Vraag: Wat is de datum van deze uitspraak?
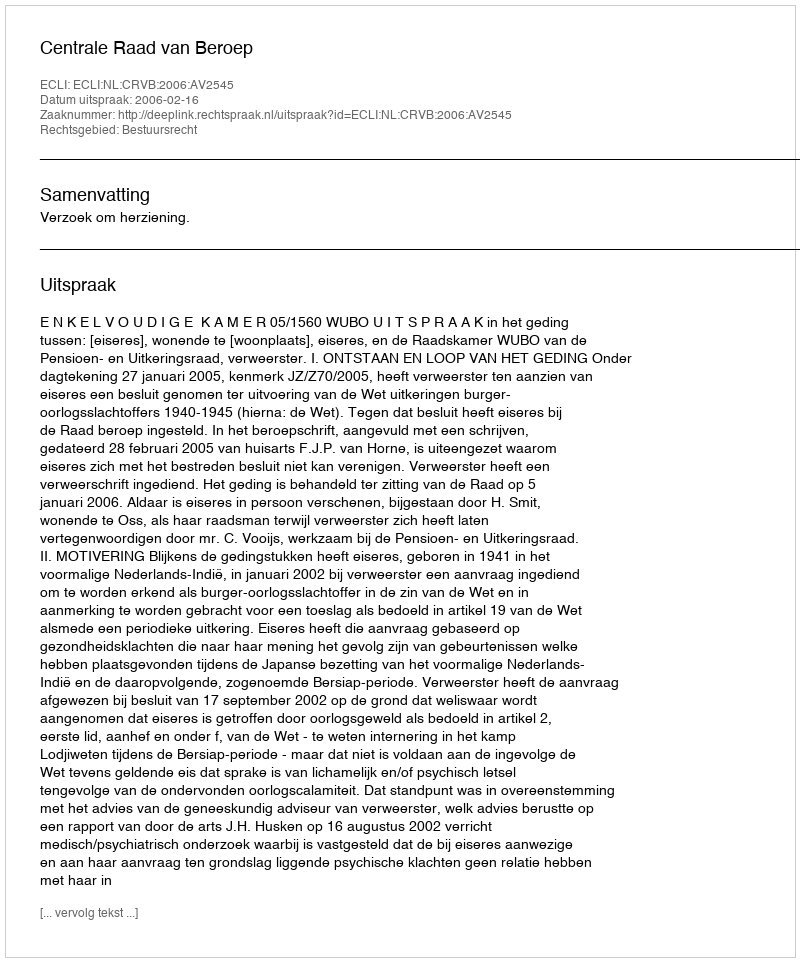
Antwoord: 2006-02-16